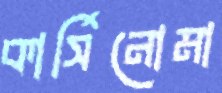
কার্সিনোমা